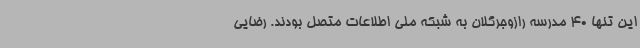
این تنها 40 مدرسه رازوجرگلان به شبکه ملی اطلاعات متصل بودند. رضایی